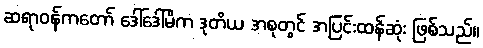
ဆရာဝန်ကတော် ဒေါ်ဒေါ်မိက ဒုတိယ အစုတွင် အပြင်းထန်ဆုံး ဖြစ်သည်။